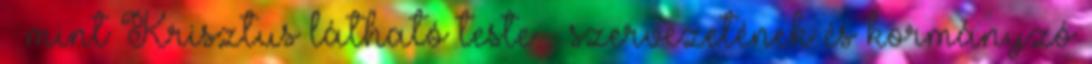
– mint Krisztus látható teste – szervezetének és kormányzó